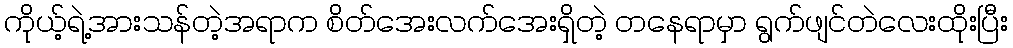
ကိုယ့်ရဲ့အားသန်တဲ့အရာက စိတ်အေးလက်အေးရှိတဲ့ တနေရာမှာ ရွက်ဖျင်တဲလေးထိုးပြီး